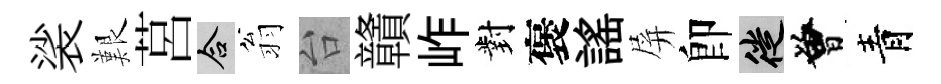
裟艱莒合翁台贛岞對褒謡屏卽徙曾青